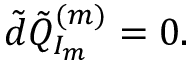
\tilde { d } \tilde { Q } _ { I _ { m } } ^ { ( m ) } = 0 .